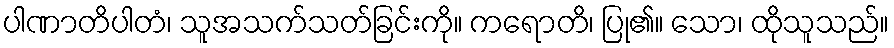
ပါဏာတိပါတံ၊ သူအသက်သတ်ခြင်းကို။ ကရောတိ၊ ပြု၏။ သော၊ ထိုသူသည်။